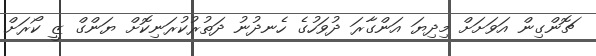
ޗޮންގިން އަވަށަށް މިދިޔަ އަންގާރަ ދުވަހުގެ ހެނދުނު ދަތުރުކުރަނިކޮށް ޔަންގް ޒީ ކޯރަށް